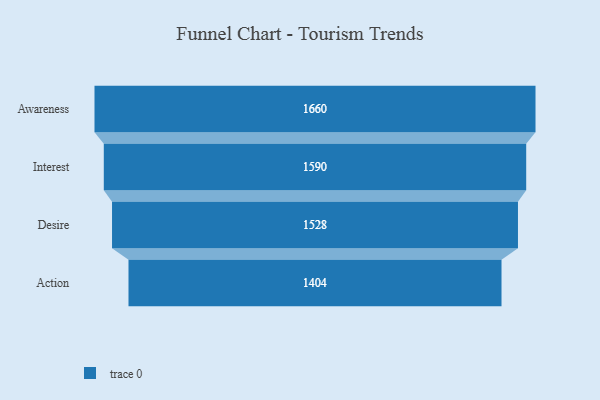
{"axis": {"x": "Stage", "y": "Value"}, "legend": [""], "data": [{"x": "Awareness", "y": 1660.0, "type": ""}, {"x": "Interest", "y": 1590.0, "type": ""}, {"x": "Desire", "y": 1528.0, "type": ""}, {"x": "Action", "y": 1404.0, "type": ""}]}